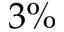
3 \%